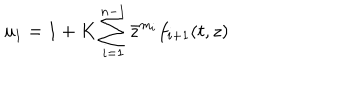
u _ { 1 } = 1 + K \sum _ { i = 1 } ^ { n - 1 } \bar { z } ^ { m _ { i } } f _ { i + 1 } ( t , z )